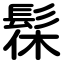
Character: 髹